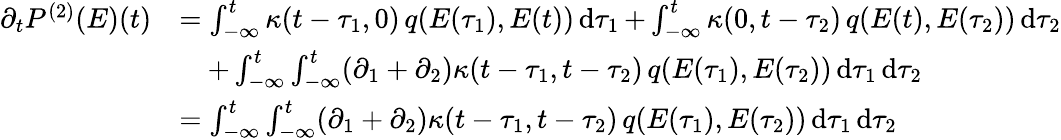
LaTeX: \begin{array}{rl}{\partial_{t}P^{(2)}(E)(t)}&{=\int_{-\infty}^{t}\kappa(t-\tau_{1},0)\, q(E(\tau_{1}),E(t))\mathop{\mathrm{d}\tau_{1}}+\int_{-\infty}^{t}\kappa(0,t-\tau_{2})\, q(E(t),E(\tau_{2}))\mathop{\mathrm{d}\tau_{2}}}\\ &{\quad+\int_{-\infty}^{t}\int_{-\infty}^{t}(\partial_{1}+\partial_{2})\kappa(t-\tau_{1},t-\tau_{2})\, q(E(\tau_{1}),E(\tau_{2}))\mathop{\mathrm{d}\tau_{1}}\mathop{\mathrm{d}\tau_{2}}}\\ &{=\int_{-\infty}^{t}\int_{-\infty}^{t}(\partial_{1}+\partial_{2})\kappa(t-\tau_{1},t-\tau_{2})\, q(E(\tau_{1}),E(\tau_{2}))\mathop{\mathrm{d}\tau_{1}}\mathop{\mathrm{d}\tau_{2}}}\end{array}